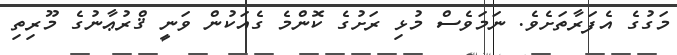
މަގުގެ އެފަރާތަށެވެ. ނަމަވެސް މުޅި ރަށުގެ ކޮންމެ ގެއަކުން ވަނީ ޤްރުޢާނުގެ މޫރިތި